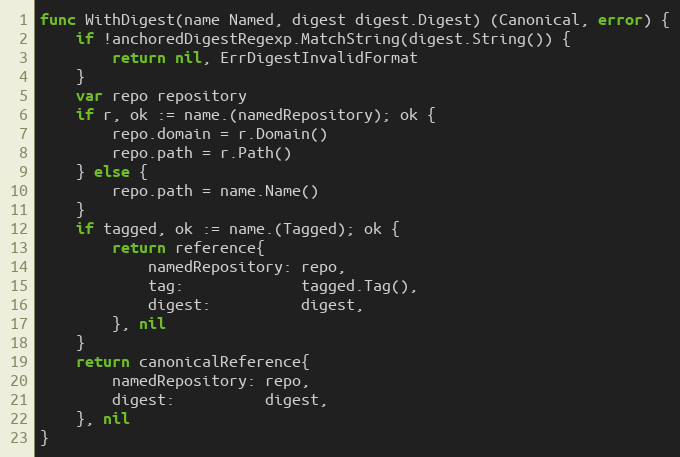
Language: Go
func WithDigest(name Named, digest digest.Digest) (Canonical, error) {
	if !anchoredDigestRegexp.MatchString(digest.String()) {
		return nil, ErrDigestInvalidFormat
	}
	var repo repository
	if r, ok := name.(namedRepository); ok {
		repo.domain = r.Domain()
		repo.path = r.Path()
	} else {
		repo.path = name.Name()
	}
	if tagged, ok := name.(Tagged); ok {
		return reference{
			namedRepository: repo,
			tag:             tagged.Tag(),
			digest:          digest,
		}, nil
	}
	return canonicalReference{
		namedRepository: repo,
		digest:          digest,
	}, nil
}